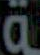
ـة